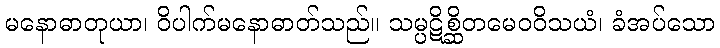
မနောဓာတုယာ၊ ဝိပါက်မနောဓာတ်သည်။ သမ္ပဋိစ္ဆိတမေဝဝိသယံ၊ ခံအပ်သော